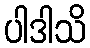
ပါဒါသိ